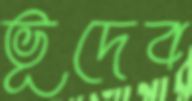
ভূদেব